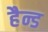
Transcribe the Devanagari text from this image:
हैन्ड